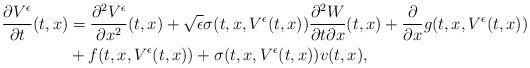
LaTeX: \begin{align*}\frac{\partial V^{\epsilon}}{\partial t}(t,x) &= \frac{\partial^2 V^{\epsilon}}{\partial x^2}(t,x) +\sqrt{\epsilon}\sigma(t, x, V^\epsilon(t,x))\frac{\partial^2W}{\partial t \partial x}(t,x) +\frac{\partial}{\partial x}g(t,x,V^{\epsilon}(t,x)) \\&+ f(t,x,V^\epsilon(t,x)) + \sigma(t, x, V^\epsilon(t,x)) v(t,x),\end{align*}